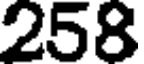
258